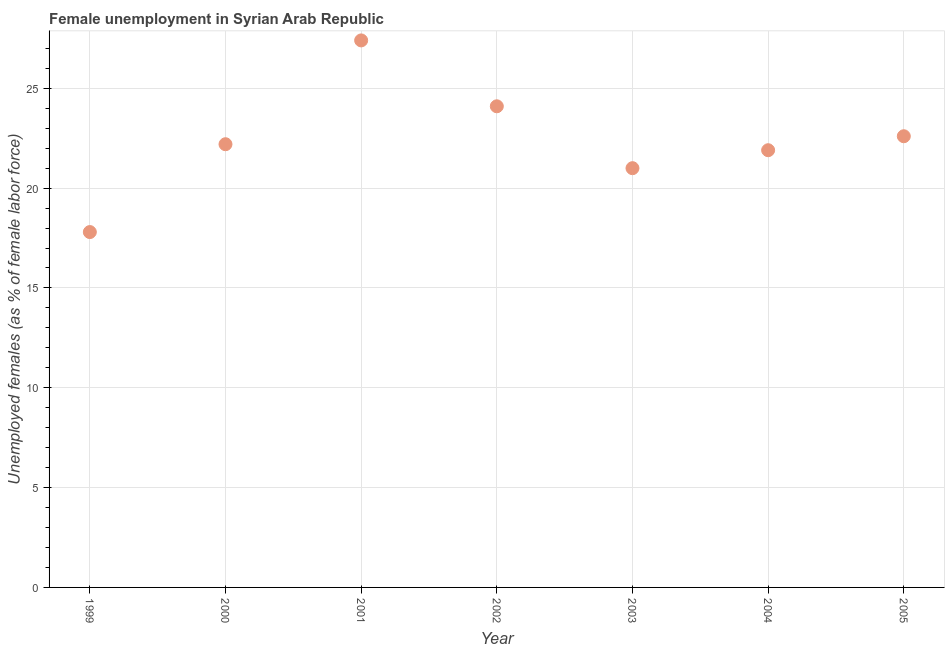
| Year | Unemployment |
 | --- | --- |
 | 1999 | 17.8 |
 | 2000 | 22.2 |
 | 2001 | 27.4 |
 | 2002 | 24.1 |
 | 2003 | 21 |
 | 2004 | 21.9 |
 | 2005 | 22.6 |